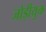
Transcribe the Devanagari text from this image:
जोड़ीयुक्त